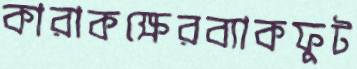
কারাকক্ষেরব্যাকফুট